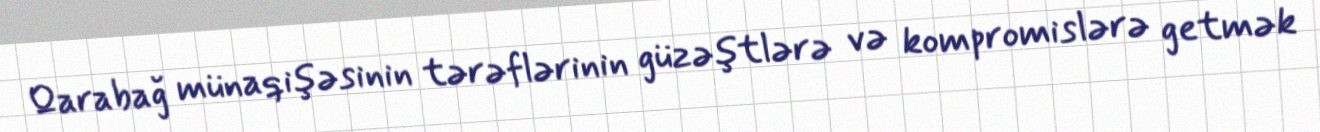
Qarabağ münaqişəsinin tərəflərinin güzəştlərə və kompromislərə getmək